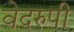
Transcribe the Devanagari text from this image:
वेदरुपी